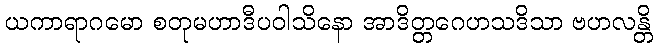
ယကာရာဂမော စတုမဟာဒီပဝါသိနော အာဒိတ္တဂေဟသဒိသာ ဗဟလန္တိ